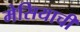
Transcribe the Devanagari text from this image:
मेसियाची